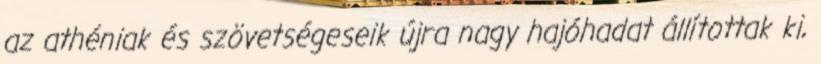
az athéniak és szövetségeseik újra nagy hajóhadat állítottak ki,